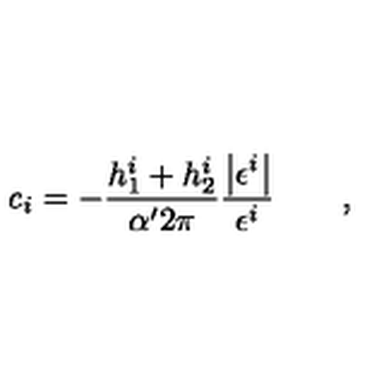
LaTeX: { \it c } _ { i } = - \frac { h _ { 1 } ^ { i } + h _ { 2 } ^ { i } } { \alpha ^ { \prime } 2 \pi } \frac { \left| \epsilon ^ { i } \right| } { \epsilon ^ { i } } \qquad ,